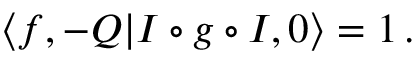
\langle f , - Q | I \circ g \circ I , 0 \rangle = 1 \, .